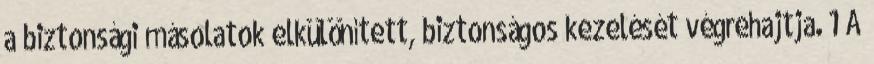
a biztonsági másolatok elkülönített, biztonságos kezelését végrehajtja. 1 A